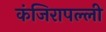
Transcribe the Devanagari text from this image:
कंजिरापल्ली